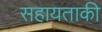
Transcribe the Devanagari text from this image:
सहायताकी